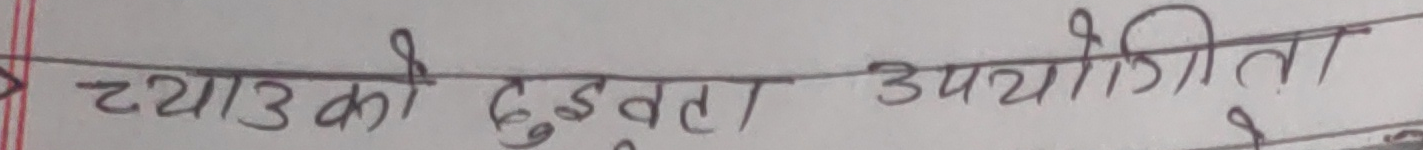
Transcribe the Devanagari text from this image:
च्याउको दुईवटा उपयोगिता